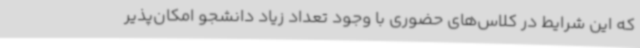
که این شرایط در کلاس‌های حضوری با وجود تعداد زیاد دانشجو امکان‌پذیر